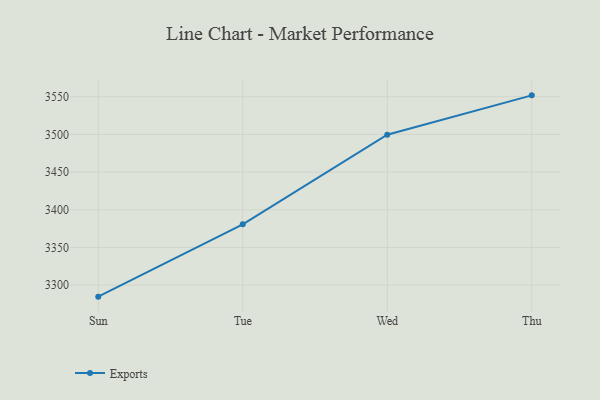
{"axis": {"x": "Day", "y": "Satisfaction Score"}, "legend": ["Exports"], "data": [{"x": "Sun", "y": 3284.7, "type": "Exports"}, {"x": "Tue", "y": 3380.7, "type": "Exports"}, {"x": "Wed", "y": 3499.6, "type": "Exports"}, {"x": "Thu", "y": 3551.9, "type": "Exports"}]}